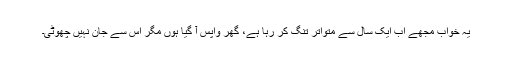
یہ خواب مجھے اب ایک سال سے متواتر تنگ کر رہا ہے، گھر واپس آ گیا ہوں مگر اس سے جان نہیں چھوٹی۔